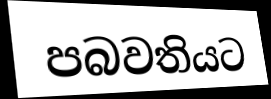
පබවතියට